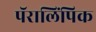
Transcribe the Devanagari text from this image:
पॅरालिंपिक